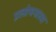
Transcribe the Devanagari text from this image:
प्रलोभनाला